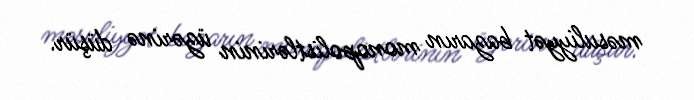
məsuliyyət bazarın monopolistlərinin üzərinə düşür.